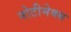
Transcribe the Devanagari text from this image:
नोटीमेक्स